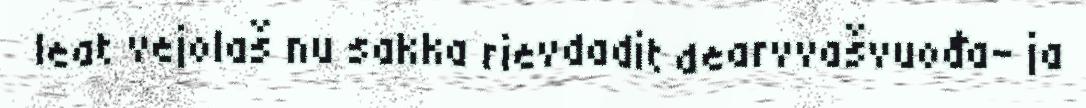
leat vejolaš nu sakka rievdadit dearvvašvuođa- ja